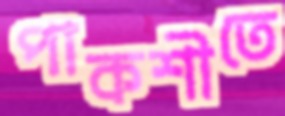
পাকশীতে